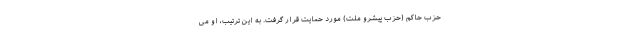
حزب حاکم (حزب پیشرو ملت) مورد حمایت قرار گرفت. به این ترتیب، او می